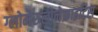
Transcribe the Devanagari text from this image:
ग्लोमेरुलोनेफ्राइटिस